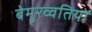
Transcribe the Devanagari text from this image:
बेमुरव्वतियों